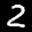
Label: 2